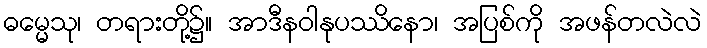
ဓမ္မေသု၊ တရားတို့၌။ အာဒီနဝါနုပဿိနော၊ အပြစ်ကို အဖန်တလဲလဲ